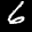
Label: 6